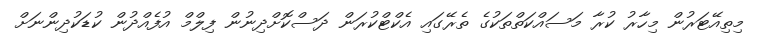
މިތިއޭޓަރުން މިހާރު ކުރާ މަސައްކަތްތަކުގެ ތެރޭގައި އެކްޓްކުރަން ދަސްކޮށްދިނުން ފިލްމް އުފެއްދުން ކުޑަކުދިންނަށް